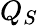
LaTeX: Q_{S}